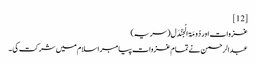
[12]
غزوات اور دُومَۃ الْجَنْدَل( سریہ)‏
عبدالرحمن نے تمام غزوات پیامبر اسلام میں شرکت کی ۔